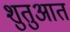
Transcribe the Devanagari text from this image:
शुतुआत